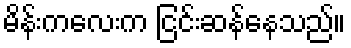
မိန်းကလေးက ငြင်းဆန်နေသည်။